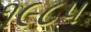
૧૯૮૫